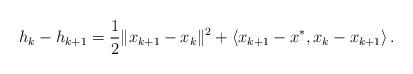
LaTeX: \begin{align*}h_k - h_{k+1} = \frac{1}{2} \|x_{k+1}-x_k \|^2 + \left\langle x_{k+1}-x^{*}, x_k - x_{k+1}\right\rangle .\end{align*}